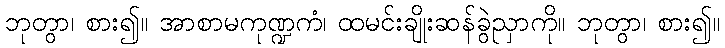
ဘုတွာ၊ စား၍။ အာစာမကုဏ္ဍကံ၊ ထမင်းချိုးဆန်ခွဲညှာကို။ ဘုတွာ၊ စား၍။